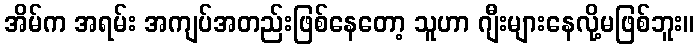
အိမ်က အရမ်း အကျပ်အတည်းဖြစ်နေတော့ သူဟာ ဂျီးများနေလို့မဖြစ်ဘူး။